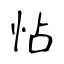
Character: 怗